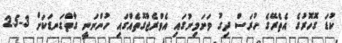
ކުޑަ ގޮހޮރުގެ އެތެރޭގެ ހުރަސް ދިގު ވަށަމިނުގައި އެވްރެޖްގޮތެއްގައި ހުންނަނީ ގާތްގަނޑަކަށް 3-2.5